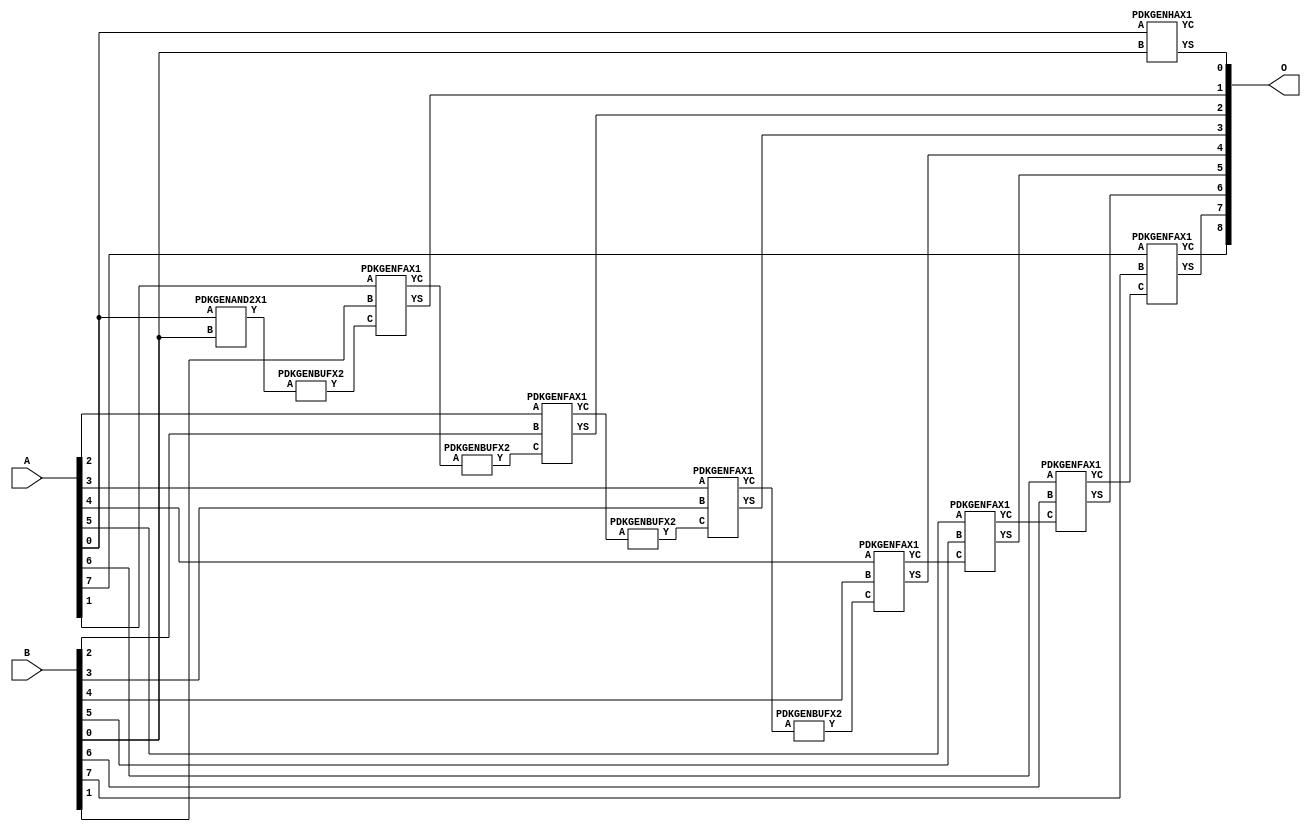
// Library = EvoApprox8b
// Circuit = add8_269
// Area   (180) = 1048
// Delay  (180) = 1.830
// Power  (180) = 379.40
// Area   (45) = 79
// Delay  (45) = 0.720
// Power  (45) = 35.78
// Nodes = 13
// HD = 0
// MAE = 0.00000
// MSE = 0.00000
// MRE = 0.00 %
// WCE = 0
// WCRE = 0 %
// EP = 0.0 %

module add8_269(A, B, O);
  input [7:0] A;
  input [7:0] B;
  output [8:0] O;
  wire [2031:0] N;

  assign N[0] = A[0];
  assign N[1] = A[0];
  assign N[2] = A[1];
  assign N[3] = A[1];
  assign N[4] = A[2];
  assign N[5] = A[2];
  assign N[6] = A[3];
  assign N[7] = A[3];
  assign N[8] = A[4];
  assign N[9] = A[4];
  assign N[10] = A[5];
  assign N[11] = A[5];
  assign N[12] = A[6];
  assign N[13] = A[6];
  assign N[14] = A[7];
  assign N[15] = A[7];
  assign N[16] = B[0];
  assign N[17] = B[0];
  assign N[18] = B[1];
  assign N[19] = B[1];
  assign N[20] = B[2];
  assign N[21] = B[2];
  assign N[22] = B[3];
  assign N[23] = B[3];
  assign N[24] = B[4];
  assign N[25] = B[4];
  assign N[26] = B[5];
  assign N[27] = B[5];
  assign N[28] = B[6];
  assign N[29] = B[6];
  assign N[30] = B[7];
  assign N[31] = B[7];

  PDKGENAND2X1 n32(.A(N[0]), .B(N[16]), .Y(N[32]));
  PDKGENBUFX2 n48(.A(N[32]), .Y(N[48]));
  PDKGENHAX1 n76(.A(N[0]), .B(N[16]), .YS(N[76]), .YC(N[77]));
  PDKGENFAX1 n82(.A(N[2]), .B(N[18]), .C(N[48]), .YS(N[82]), .YC(N[83]));
  PDKGENBUFX2 n112(.A(N[83]), .Y(N[112]));
  PDKGENFAX1 n132(.A(N[4]), .B(N[20]), .C(N[112]), .YS(N[132]), .YC(N[133]));
  PDKGENBUFX2 n174(.A(N[133]), .Y(N[174]));
  PDKGENFAX1 n182(.A(N[6]), .B(N[22]), .C(N[174]), .YS(N[182]), .YC(N[183]));
  PDKGENBUFX2 n208(.A(N[183]), .Y(N[208]));
  PDKGENFAX1 n232(.A(N[8]), .B(N[24]), .C(N[208]), .YS(N[232]), .YC(N[233]));
  PDKGENFAX1 n282(.A(N[10]), .B(N[26]), .C(N[233]), .YS(N[282]), .YC(N[283]));
  PDKGENFAX1 n332(.A(N[12]), .B(N[28]), .C(N[283]), .YS(N[332]), .YC(N[333]));
  PDKGENFAX1 n382(.A(N[14]), .B(N[30]), .C(N[333]), .YS(N[382]), .YC(N[383]));

  assign O[0] = N[76];
  assign O[1] = N[82];
  assign O[2] = N[132];
  assign O[3] = N[182];
  assign O[4] = N[232];
  assign O[5] = N[282];
  assign O[6] = N[332];
  assign O[7] = N[382];
  assign O[8] = N[383];

endmodule
/* mod */
module PDKGENHAX1( input A, input B, output YS, output YC );
    assign YS = A ^ B;
    assign YC = A & B;
endmodule
/* mod */
module PDKGENAND2X1(input A, input B, output Y );
     assign Y = A & B;
endmodule
/* mod */
module PDKGENFAX1( input A, input B, input C, output YS, output YC );
    assign YS = (A ^ B) ^ C;
    assign YC = (A & B) | (B & C) | (A & C);
endmodule
/* mod */
module PDKGENBUFX2(input A, output Y );
     assign Y = A;
endmodule